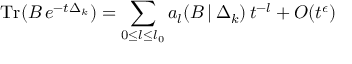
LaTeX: \mathrm { T r } ( B \, e ^ { - t \Delta _ { k } } ) = \sum _ { 0 { \leq } l { \leq } l _ { 0 } } a _ { l } ( B \, | \, \Delta _ { k } ) \, t ^ { - l } + O ( t ^ { \epsilon } )